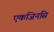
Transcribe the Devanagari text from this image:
एकजिनसि